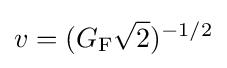
v=(G_{\text{F}}{\sqrt {2}})^{-1/2}